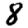
Digit: 8